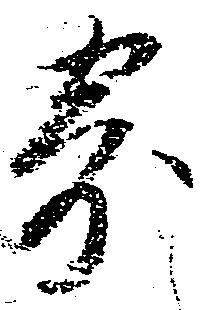
寄